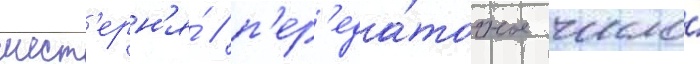
шест'ерн'я́ / п'ер'еда́точное число́